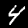
Label: 4